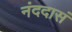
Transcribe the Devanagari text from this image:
नंददासं